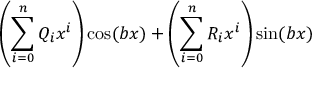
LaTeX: \left( \sum _ { i = 0 } ^ { n } Q _ { i } x ^ { i } \right) \cos ( b x ) + \left( \sum _ { i = 0 } ^ { n } R _ { i } x ^ { i } \right) \sin ( b x )